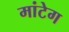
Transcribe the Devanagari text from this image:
मांटेग